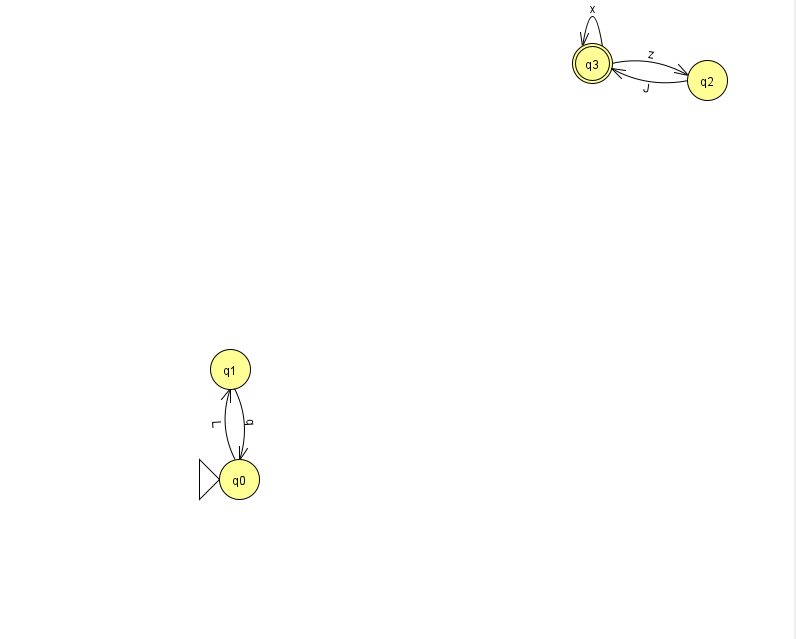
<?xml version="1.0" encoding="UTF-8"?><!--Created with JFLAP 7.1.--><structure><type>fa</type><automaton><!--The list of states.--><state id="0" name="q0"><x>239.0</x><y>466.0</y><initial/></state><state id="1" name="q1"><x>230.0</x><y>356.0</y></state><state id="2" name="q2"><x>707.0</x><y>67.0</y></state><state id="3" name="q3"><x>592.0</x><y>50.0</y><final/></state><!--The list of transitions.--><transition><from>1</from><to>0</to><read>q</read></transition><transition><from>3</from><to>3</to><read>x</read></transition><transition><from>0</from><to>1</to><read>L</read></transition><transition><from>2</from><to>3</to><read>J</read></transition><transition><from>3</from><to>2</to><read>z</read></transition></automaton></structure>